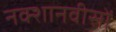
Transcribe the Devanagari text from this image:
नक्शानवीसों